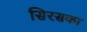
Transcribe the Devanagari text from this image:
सिरसका